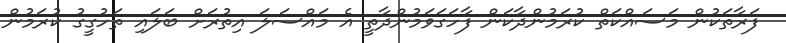
ފަރާތަކުން މަސައްކަތް ކުރަމުންދާކަން ފާހަގަވަމުންދާތީ އެ މައްސަލަ އިތުރަށް ބަލައި ތަހުގީގު ކުރަމުން